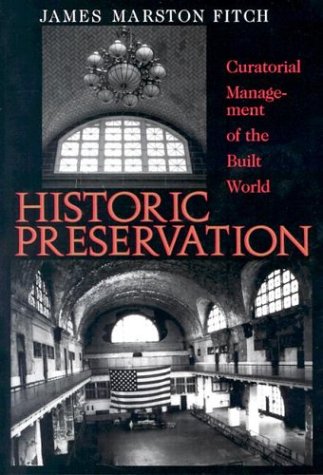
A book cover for Historic Preservation: Curatorial Management of the Built World; James Marston Fitch; Arts & Photography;